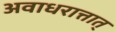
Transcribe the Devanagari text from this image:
अवाधरात्तात्